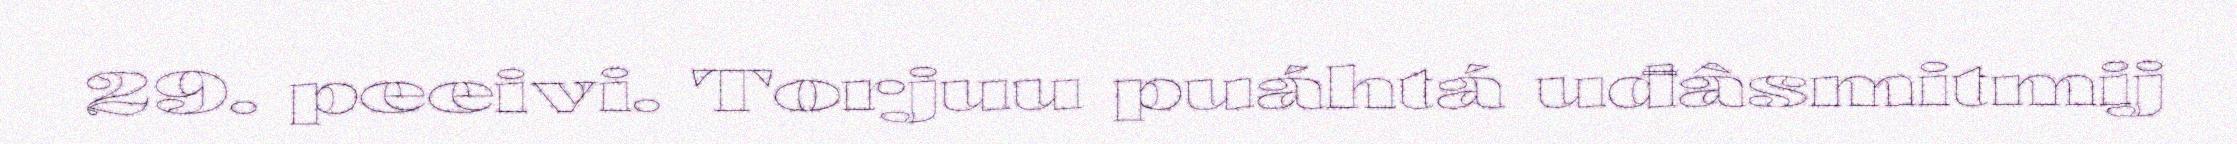
29. peeivi. Torjuu puáhtá uđâsmitmij